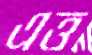
এত্ত